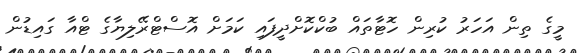
މީގެ ތިން އަހަރު ކުރިން ހޮޓާތައް ބުކްކޮށްދީފައި ކަމަށް އޮސްޓްރޭލިޔާގެ ޓްއާ ގައިޑުން